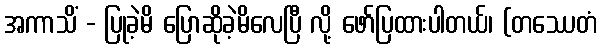
အကာသိံ - ပြုခဲ့မိ ပြောဆိုခဲ့မိလေပြီ လို့ ဖော်ပြထားပါတယ်၊ (တဿေတံ